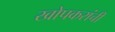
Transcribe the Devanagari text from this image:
खोपकरांची